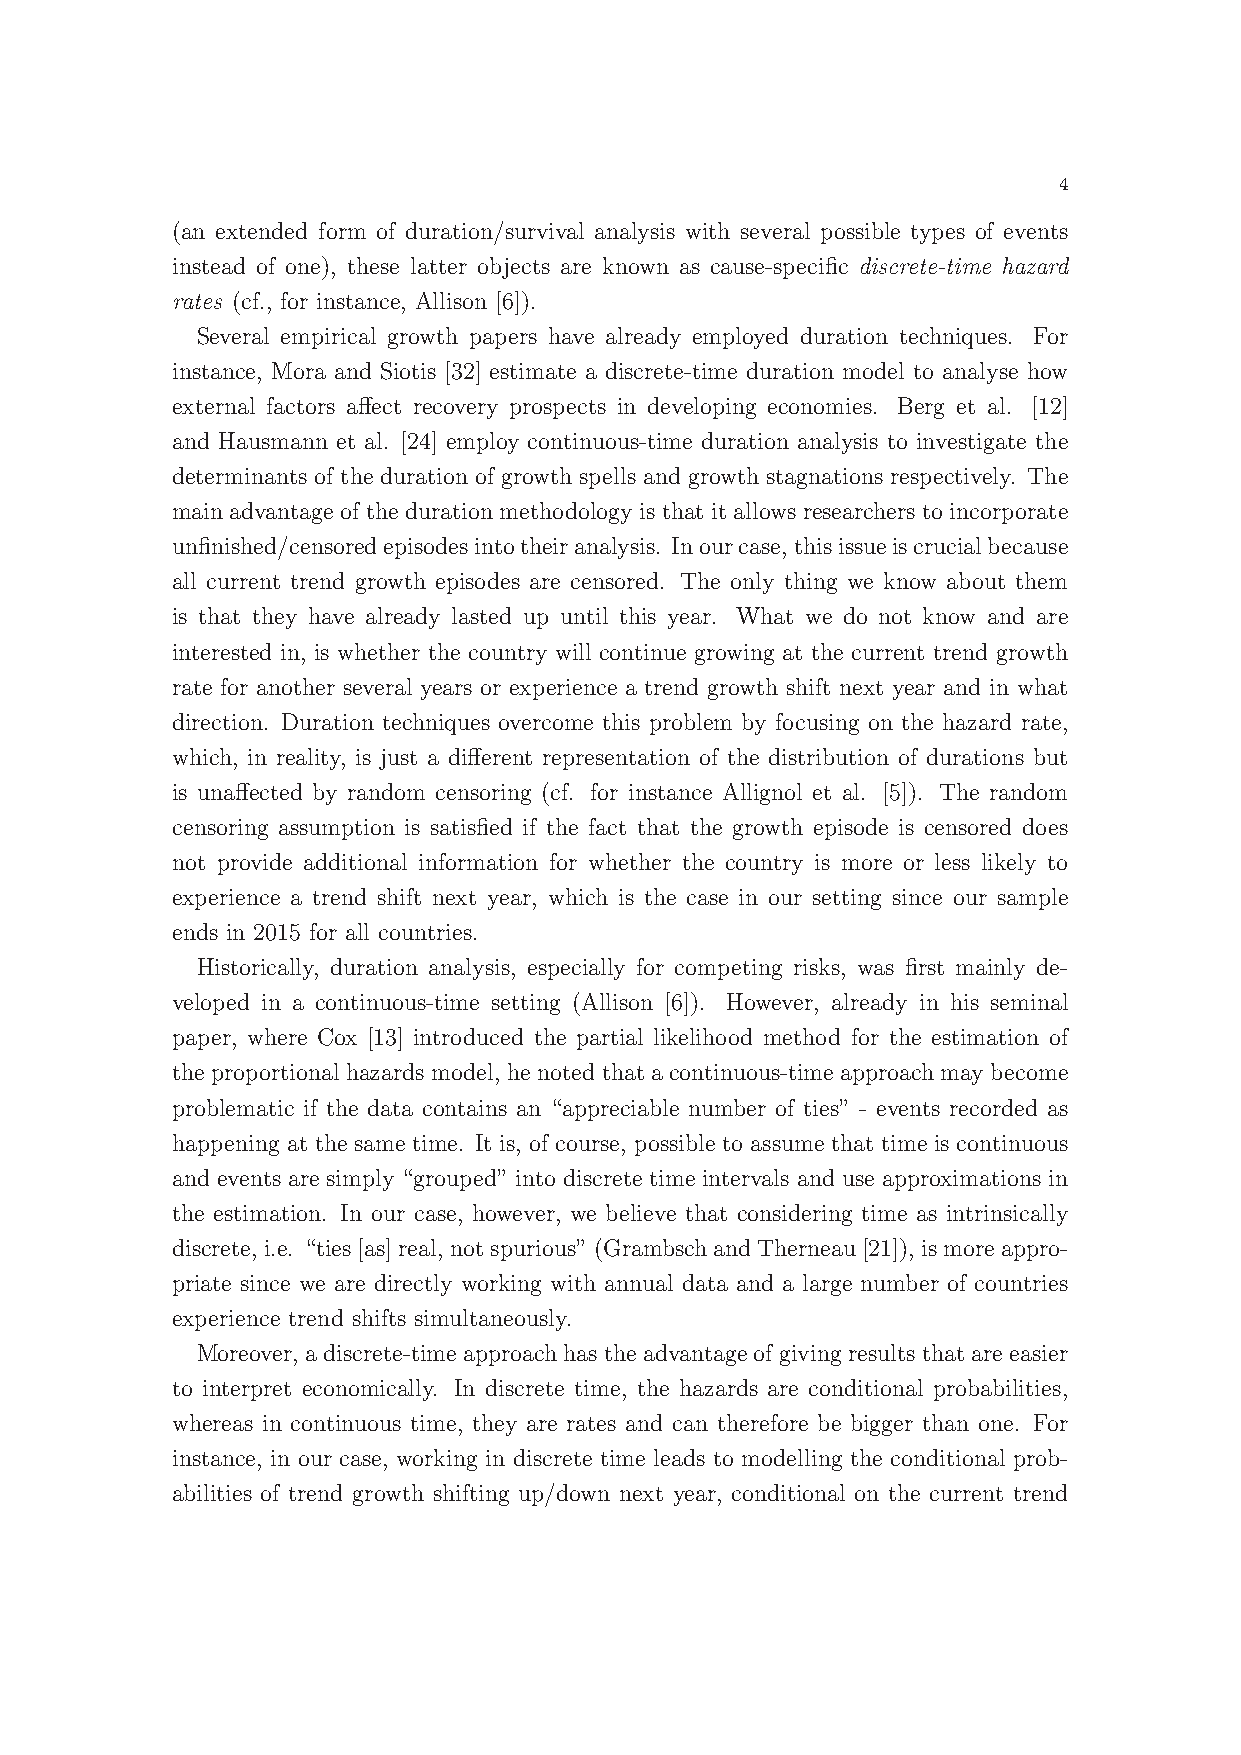
4
 (an extended form of duration/survival analysis with several possible types of events
 instead of one), these latter objects are known as cause-specific discrete-time hazard
 rates (cf., for instance, Allison [6]).
 Several empirical growth papers have already employed duration techniques. For
 instance, Mora and Siotis [32] estimate a discrete-time duration model to analyse how
 external factors affect recovery prospects in developing economies. Berg et al. [12]
 and Hausmann et al. [24] employ continuous-time duration analysis to investigate the
 determinants of the duration of growth spells and growth stagnations respectively. The
 main advantage of the duration methodology is that it allows researchers to incorporate
 unfinished/censoredepisodesintotheiranalysis. Inourcase,thisissueiscrucialbecause
 all current trend growth episodes are censored. The only thing we know about them
 is that they have already lasted up until this year. What we do not know and are
 interested in, is whether the country will continue growing at the current trend growth
 rate for another several years or experience a trend growth shift next year and in what
 direction. Duration techniques overcome this problem by focusing on the hazard rate,
 which, in reality, is just a different representation of the distribution of durations but
 is unaffected by random censoring (cf. for instance Allignol et al. [5]). The random
 censoring assumption is satisfied if the fact that the growth episode is censored does
 not provide additional information for whether the country is more or less likely to
 experience a trend shift next year, which is the case in our setting since our sample
 ends in 2015 for all countries.
 Historically, duration analysis, especially for competing risks, was first mainly de-
 veloped in a continuous-time setting (Allison [6]). However, already in his seminal
 paper, where Cox [13] introduced the partial likelihood method for the estimation of
 the proportional hazardsmodel, henoted thata continuous-time approach may become
 problematic if the data contains an “appreciable number of ties” - events recorded as
 happening at the same time. It is, of course, possible to assume that time is continuous
 and events are simply “grouped” into discrete time intervals and use approximations in
 the estimation. In our case, however, we believe that considering time as intrinsically
 discrete, i.e. “ties[as]real, notspurious”(GrambschandTherneau[21]), ismoreappro-
 priate since we are directly working with annual data and a large number of countries
 experience trend shifts simultaneously.
 Moreover, a discrete-time approach has the advantage of giving results that are easier
 to interpret economically. In discrete time, the hazards are conditional probabilities,
 whereas in continuous time, they are rates and can therefore be bigger than one. For
 instance, in our case, working in discrete time leads to modelling the conditional prob-
 abilities of trend growth shifting up/down next year, conditional on the current trend